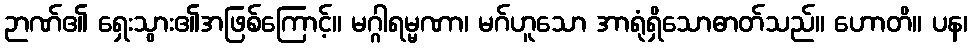
ဉာဏ်၏ ရှေးသွား၏အဖြစ်ကြောင့်။ မဂ္ဂါရမ္မဏာ၊ မဂ်ဟူသော အာရုံရှိသောဓာတ်သည်။ ဟောတိ။ ပန၊